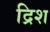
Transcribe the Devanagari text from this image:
द्रिश